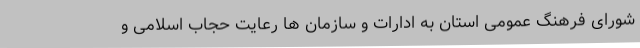
شورای فرهنگ عمومی استان به ادارات و سازمان ها رعایت حجاب اسلامی و